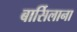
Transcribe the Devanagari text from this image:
बार्सिलाना